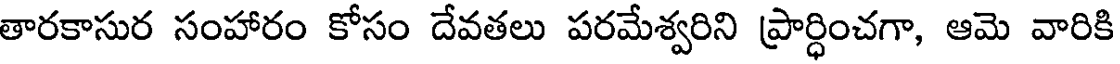
తారకాసుర సంహారం కోసం దేవతలు పరమేశ్వరిని ప్రార్ధించగా, ఆమె వారికి